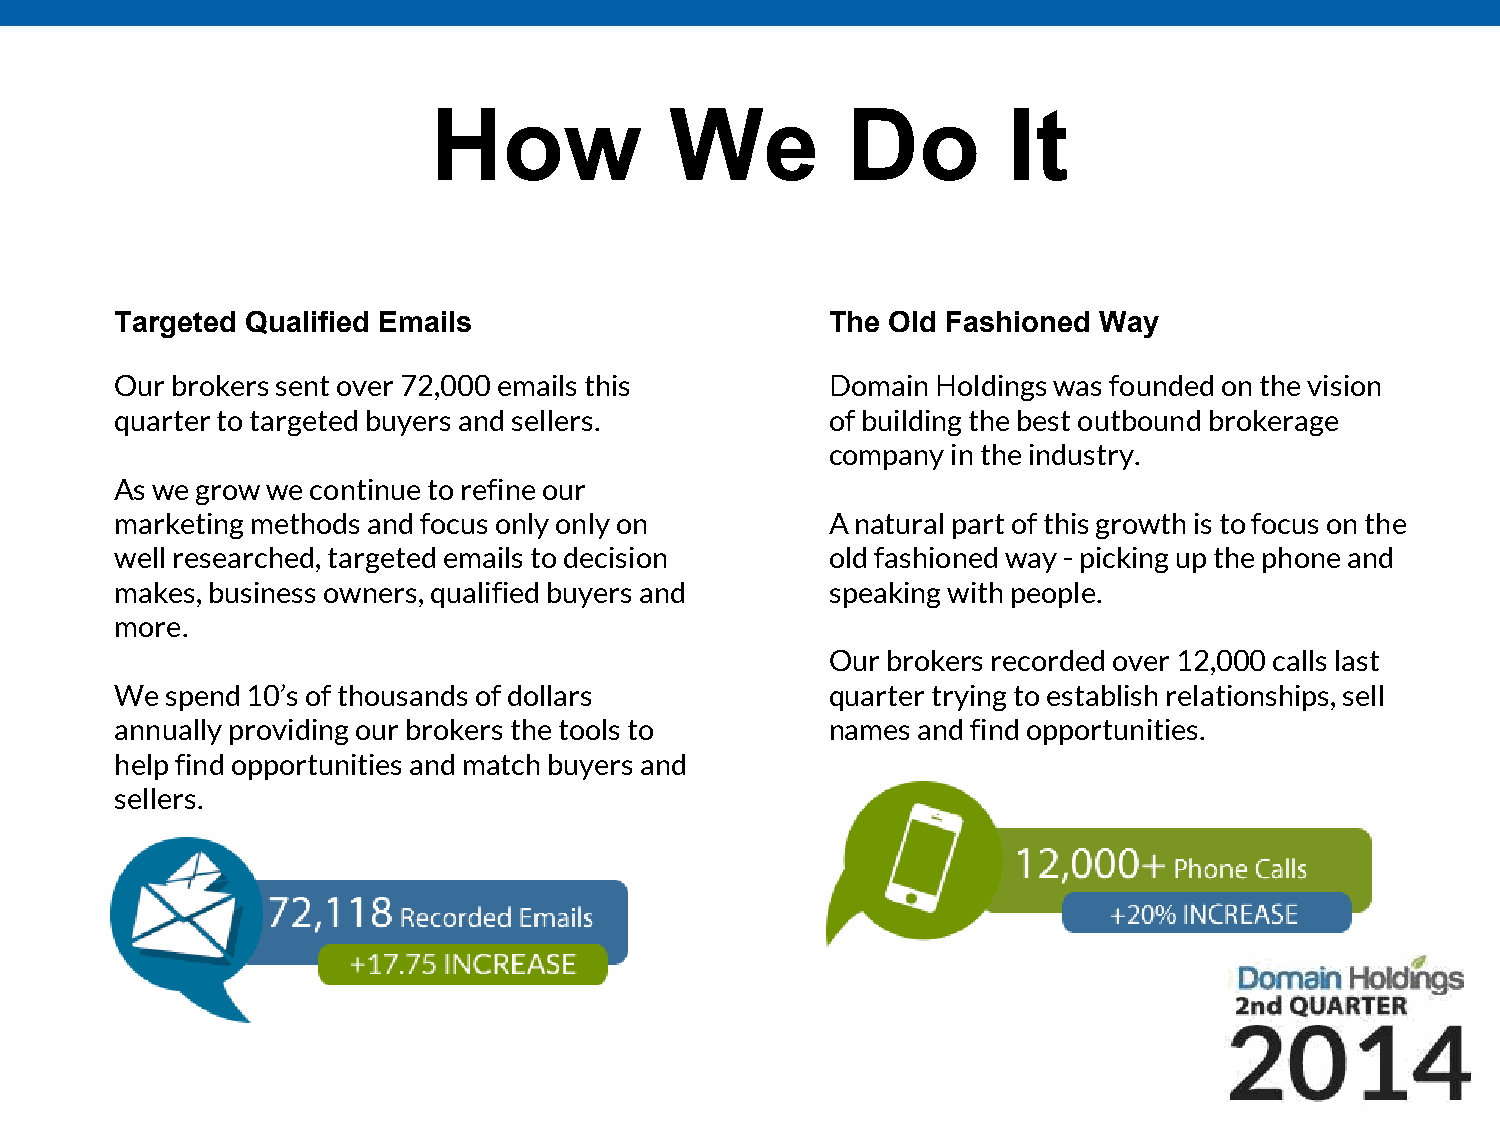
How            We          Do         It
 Targeted Qualified Emails                      The Old Fashioned Way
 Our brokers sent over 72,000 emails this       Domain Holdings was founded on the vision
 quarter to targeted buyers and sellers.        of building the best outbound brokerage
 company in the industry.
 As we grow we continue to refine our
 marketing methods and focus only only on       A natural part of this growth is to focus on the
 well researched, targeted emails to decision   old fashioned way - picking up the phone and
 makes, business owners, qualified buyers and   speaking with people.
 more.
 Our brokers recorded over 12,000 calls last
 We spend 10’s of thousands of dollars          quarter trying to establish relationships, sell
 annually providing our brokers the tools to    names and find opportunities.
 help find opportunities and match buyers and
 sellers.